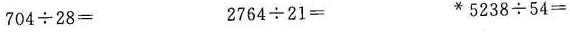
704\div28= 2764\div21= *5238\div54=